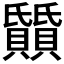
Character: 𬥰